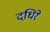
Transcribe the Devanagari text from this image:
दधिरे